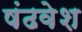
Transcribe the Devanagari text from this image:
षंढवेश